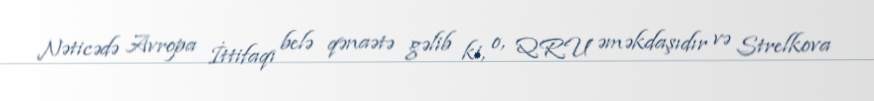
Nəticədə Avropa İttifaqı belə qənaətə gəlib ki, o, QRU əməkdaşıdır və Strelkova